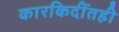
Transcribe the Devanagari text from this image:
कारकिर्दीतही